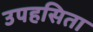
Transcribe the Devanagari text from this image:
उपहसिता